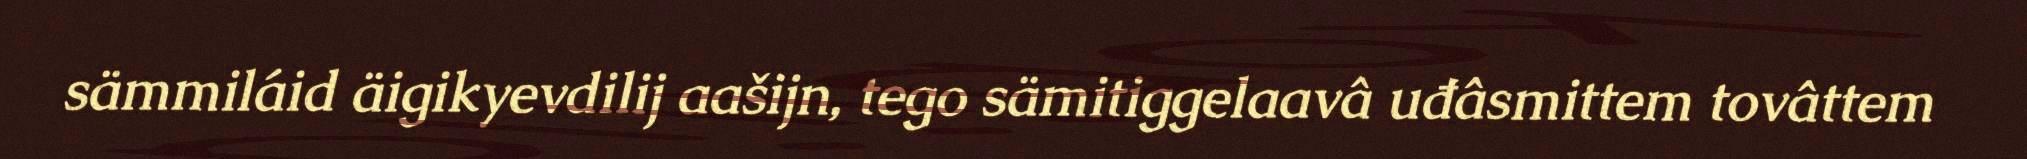
sämmiláid äigikyevdilij aašijn, tego sämitiggelaavâ uđâsmittem tovâttem